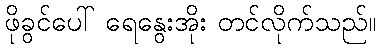
ဖိုခွင်ပေါ် ရေနွေးအိုး တင်လိုက်သည်။